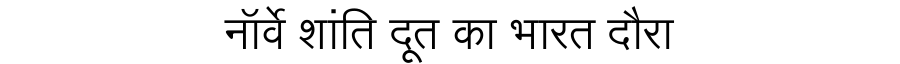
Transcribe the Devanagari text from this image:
नॉर्वे शांति दूत का भारत दौरा